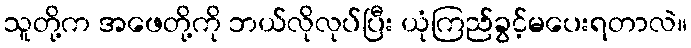
သူတို့က အဖေတို့ကို ဘယ်လိုလုပ်ပြီး ယုံကြည်ခွင့်မပေးရတာလဲ။